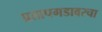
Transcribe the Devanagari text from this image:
प्रतापगडावरचा